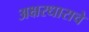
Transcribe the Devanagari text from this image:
अक्षरधाराचे